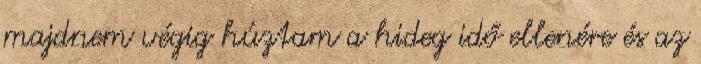
majdnem végig húztam a hideg idő ellenére és az